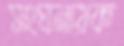
সংঘনায়ক